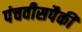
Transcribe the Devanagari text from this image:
पंचवीसपैकी